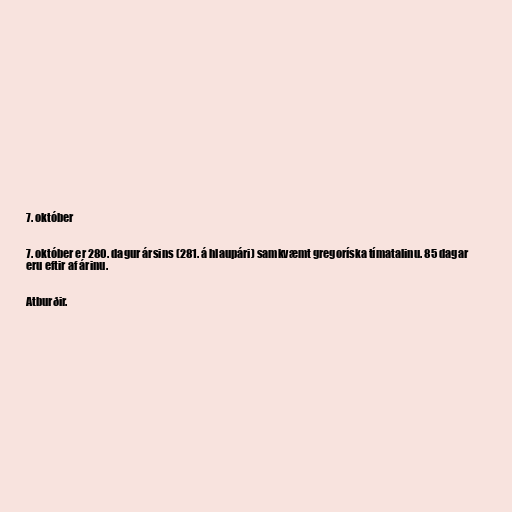
7. október

7. október er 280. dagur ársins (281. á hlaupári) samkvæmt gregoríska tímatalinu. 85 dagar
eru eftir af árinu.

Atburðir.